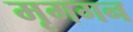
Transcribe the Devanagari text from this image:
मृगगन